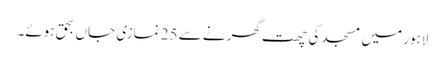
لاہور میں مسجد کی چھت گھرنے سے 25 نمازی جاں بحق ہوئے۔